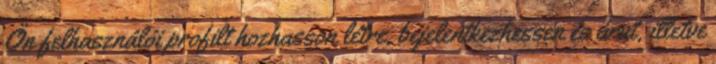
Ön felhasználói profilt hozhasson létre, bejelentkezhessen és árut, illetve